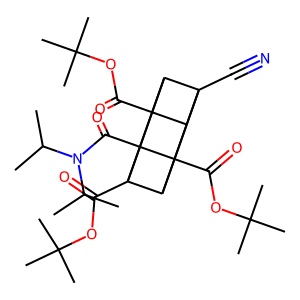
SMILES: CC(C)N(C(=O)C12C3(C(=O)OC(C)(C)C)C4C5(C#N)C3C1(C(=O)OC(C)(C)C)C5C42C(=O)OC(C)(C)C)C(C)C
Inhibits HIV replication: No